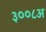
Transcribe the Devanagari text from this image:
३००८अ